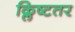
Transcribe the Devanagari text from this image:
क्लिष्टतर